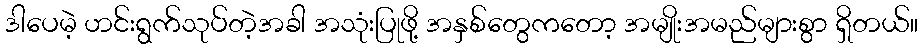
ဒါပေမဲ့ ဟင်းရွက်သုပ်တဲ့အခါ အသုံးပြုဖို့ အနှစ်တွေကတော့ အမျိုးအမည်များစွာ ရှိတယ်။